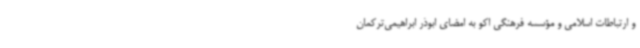
و ارتباطات اسلامی و مؤسسه فرهنگی اکو به امضای ابوذر ابراهیمی‌ترکمان